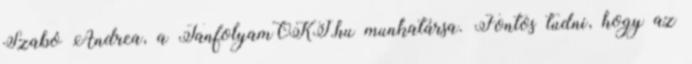
Szabó Andrea, a TanfolyamOKJ.hu munkatársa. Fontos tudni, hogy az